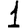
Digit: 1